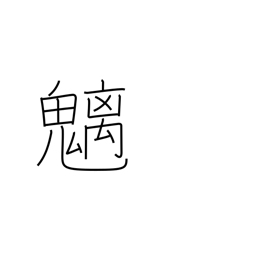
Meaning: mountain spirits